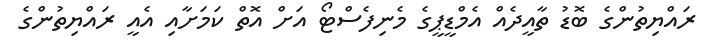
ރައްޔިތުންގެ ބޮޑު ތާއީދެއް އެމްޑީޕީގެ މެނިފެސްޓޯ އަށް އޮތް ކަމަށާއި އެއީ ރައްޔިތުންގެ